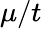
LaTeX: \mu/t